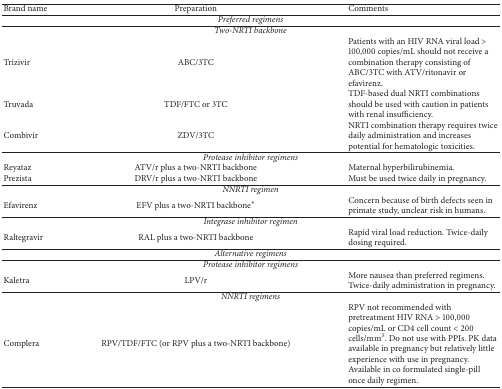
| Brand name | Preparation | Comments |
 | --- | --- | --- |
 | <COLSPAN=3> Preferred regimens |
 | <COLSPAN=3> Two-NRTI backbone |
 | Trizivir | ABC/3TC | Patients with an HIV RNA viral load > 100,000 copies/mL should not receive a combination therapy consisting of ABC/3TC with ATV/ritonavir or efavirenz. |
 | Truvada | TDF/FTC or 3TC | TDF-based dual NRTI combinations should be used with caution in patients with renal insufficiency. |
 | Combivir | ZDV/3TC | NRTI combination therapy requires twice daily administration and increases potential for hematologic toxicities. |
 | <COLSPAN=3> Protease inhibitor regimens |
 | Reyataz | ATV/r plus a two-NRTI backbone | Maternal hyperbilirubinemia. |
 | Prezista | DRV/r plus a two-NRTI backbone | Must be used twice daily in pregnancy. |
 | <COLSPAN=3> NNRTI regimen |
 | Efavirenz | EFV plus a two-NRTI backbone∗ | Concern because of birth defects seen in primate study, unclear risk in humans. |
 | <COLSPAN=3> Integrase inhibitor regimen |
 | Raltegravir | RAL plus a two-NRTI backbone | Rapid viral load reduction. Twice-daily dosing required. |
 | <COLSPAN=3> Alternative regimens |
 | <COLSPAN=3> Protease inhibitor regimens |
 | Kaletra | LPV/r | More nausea than preferred regimens. Twice-daily administration in pregnancy. |
 | <COLSPAN=3> NNRTI regimens |
 | Complera | RPV/TDF/FTC (or RPV plus a two-NRTI backbone) | RPV not recommended with pretreatment HIV RNA > 100,000 copies/mL or CD4 cell count < 200 cells/mm3. Do not use with PPIs. PK data available in pregnancy but relatively little experience with use in pregnancy. Available in co formulated single-pill once daily regimen. |